38_143685_box7_Incident_Summaries_1-100
Agency: Department of War
Page 135
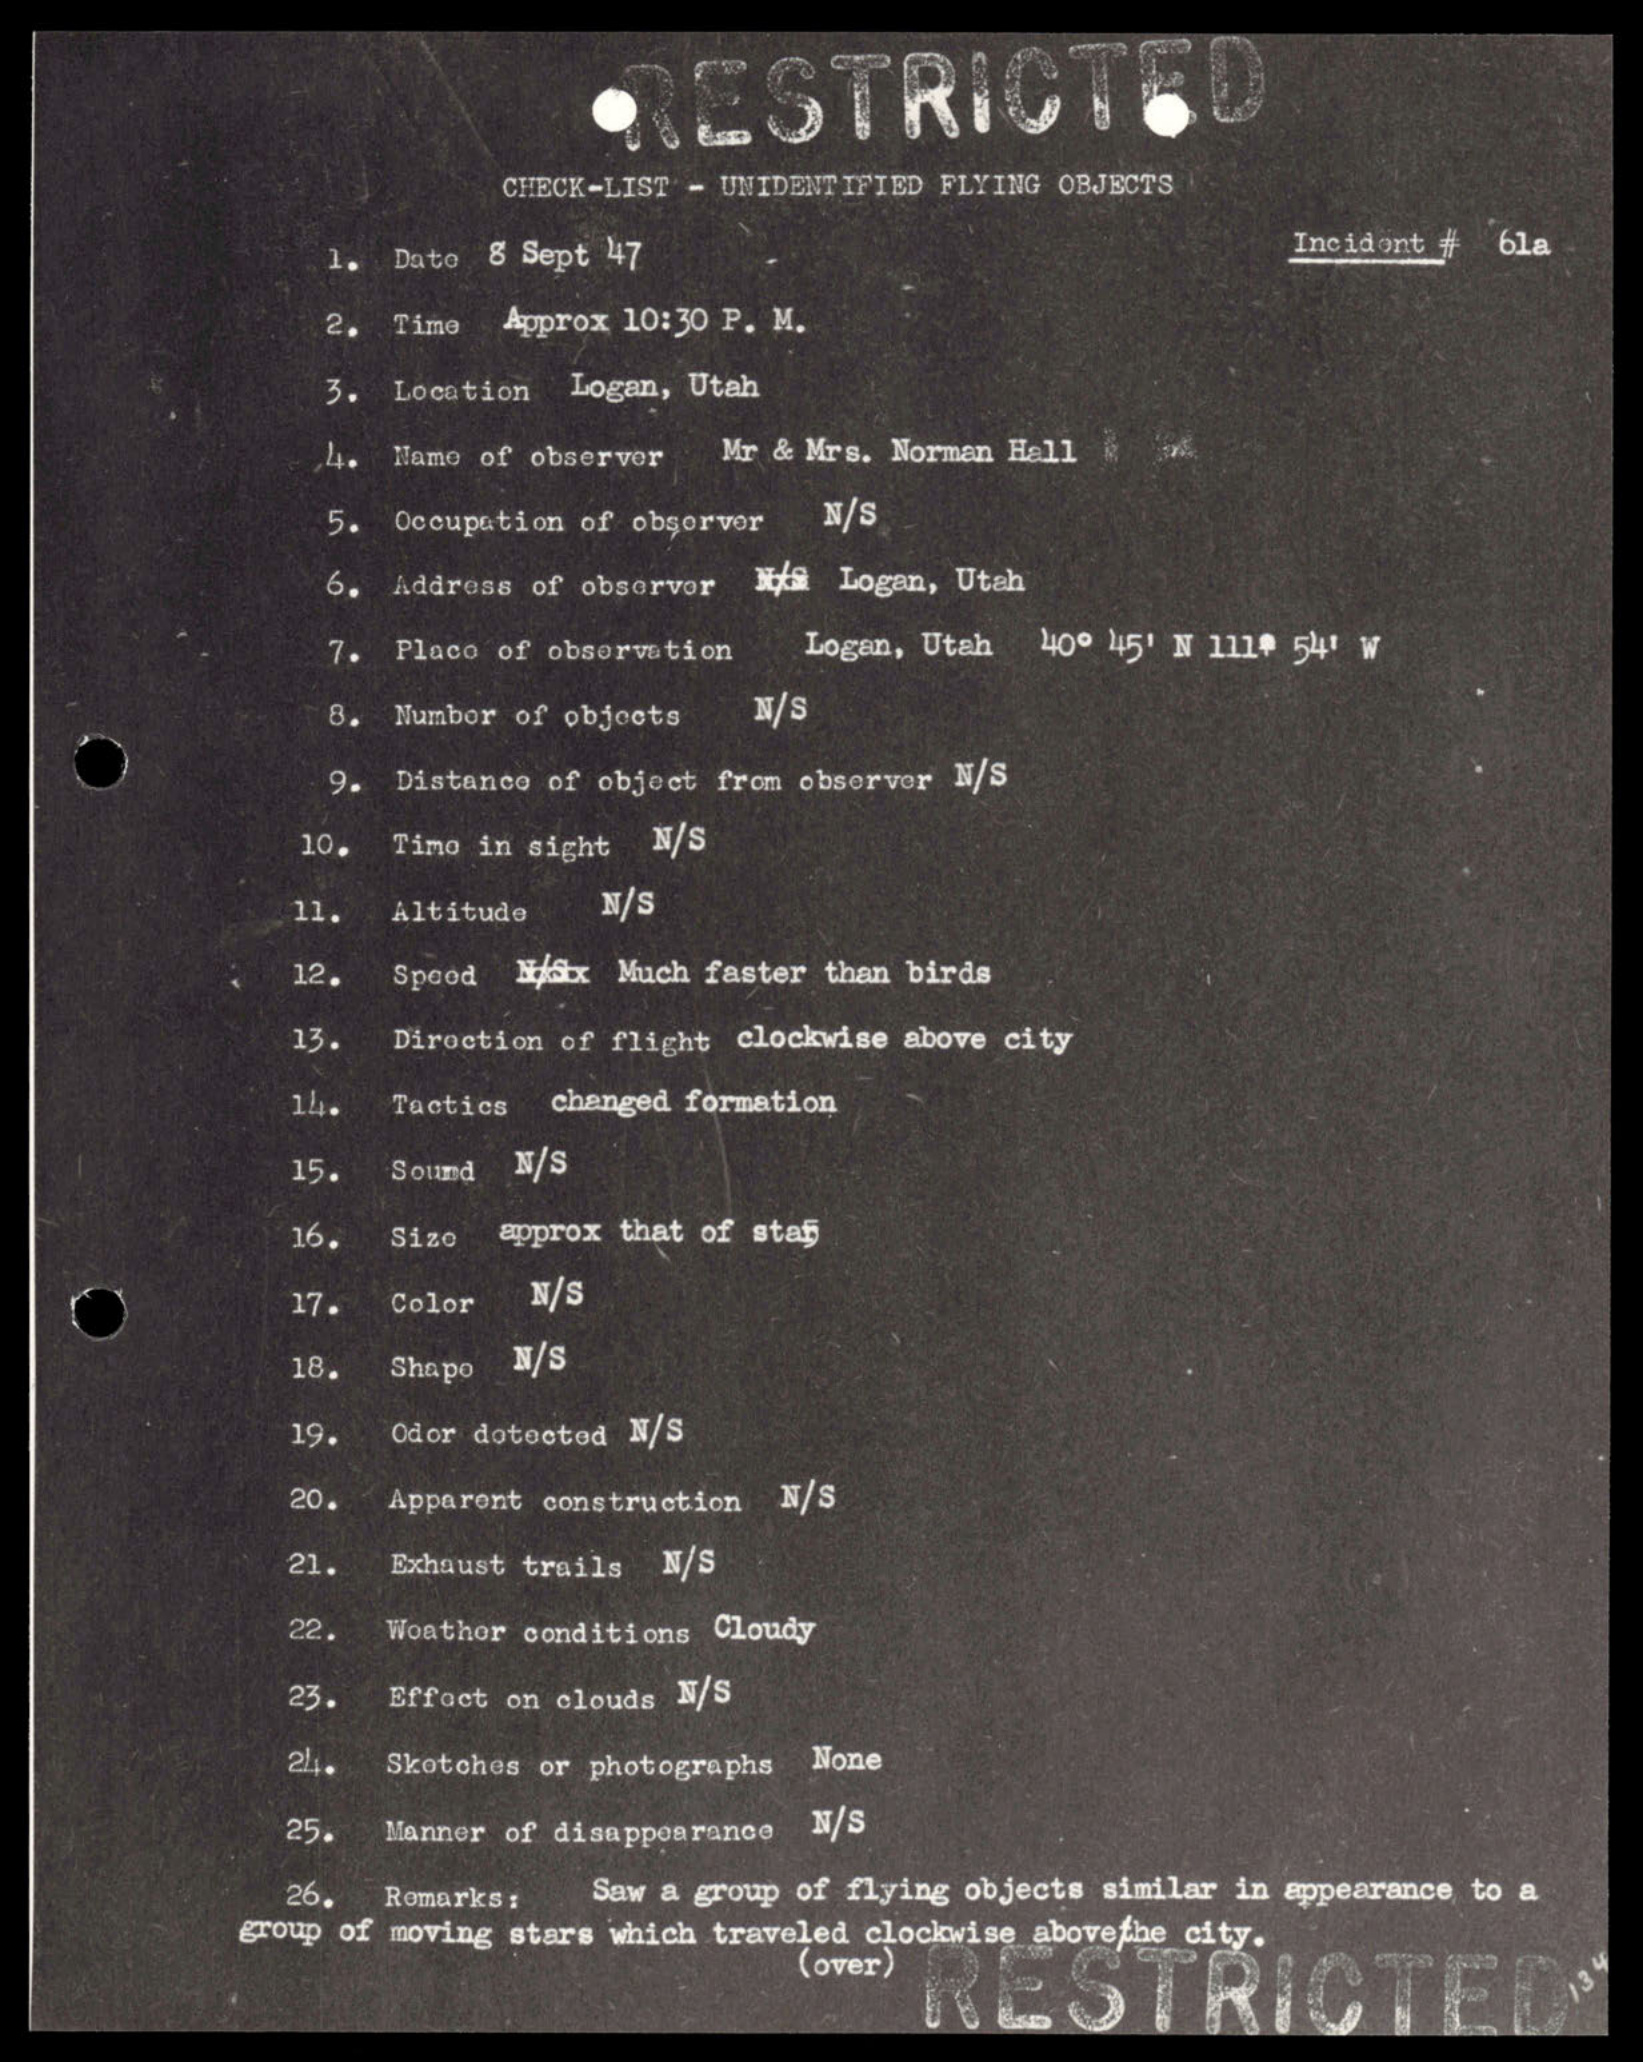